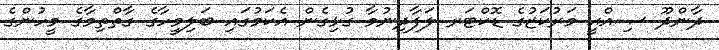
ދާންދޫ ޞިއްޙީ މަރުކަޒުގެ ޑޮކްޓަރ ލަފާދިނުމާ ގުޅިގެން އެކަމުގައި ބަލިމީހާގެ ގާތްތިމާގެ މީހުންގެ